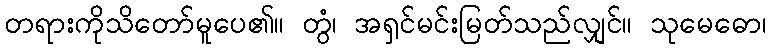
တရားကိုသိတော်မူပေ၏။ တွံ၊ အရှင်မင်းမြတ်သည်လျှင်။ သုမေဓော၊